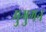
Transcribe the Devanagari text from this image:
मुगुगन